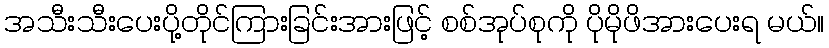
အသီးသီးပေးပို့တိုင်ကြားခြင်းအားဖြင့် စစ်အုပ်စုကို ပိုမိုဖိအားပေးရ မယ်။